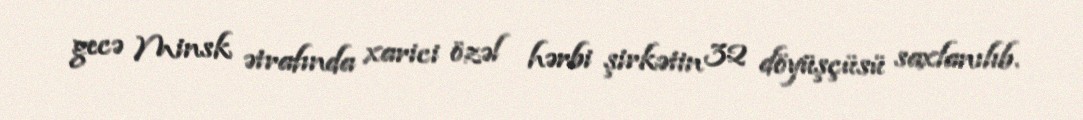
gecə Minsk ətrafında xarici özəl hərbi şirkətin 32 döyüşçüsü saxlanılıb.